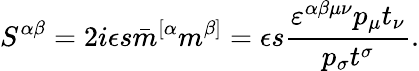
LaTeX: S^{\alpha\beta}=2i\epsilon s\bar{m}^{[\alpha}m^{\beta]}=\epsilon s\frac{\varepsilon^{\alpha\beta\mu\nu}p_{\mu}t_{\nu}}{p_{\sigma}t^{\sigma}}.